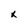
Character: x